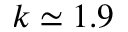
k \simeq 1 . 9